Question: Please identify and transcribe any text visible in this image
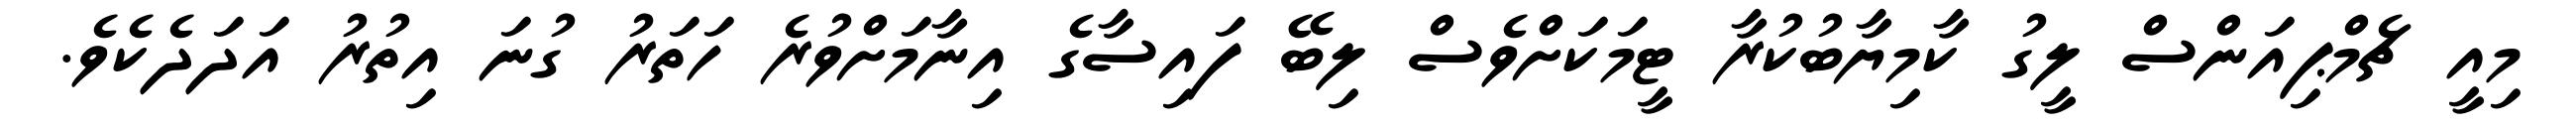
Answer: މިއީ ޗެމްޕިއަންސް ލީގު ކާމިޔާބުކުރާ ޓީމަކަށްވެސް ލިބޭ ފައިސާގެ އިނާމަށްވުރެ ހަތަރު ގުނަ އިތުރު އަދަދެކެވެ.